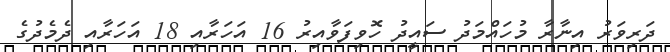
ދަރިވަރު އިނާރާ މުހައްމަދު ސައީދު ހޮވިފަވާއިރު 16 އަހަރާއި 18 އަހަރާއި ދެމެދުގެ